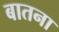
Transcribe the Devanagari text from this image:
बातना